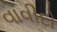
વાવીદો